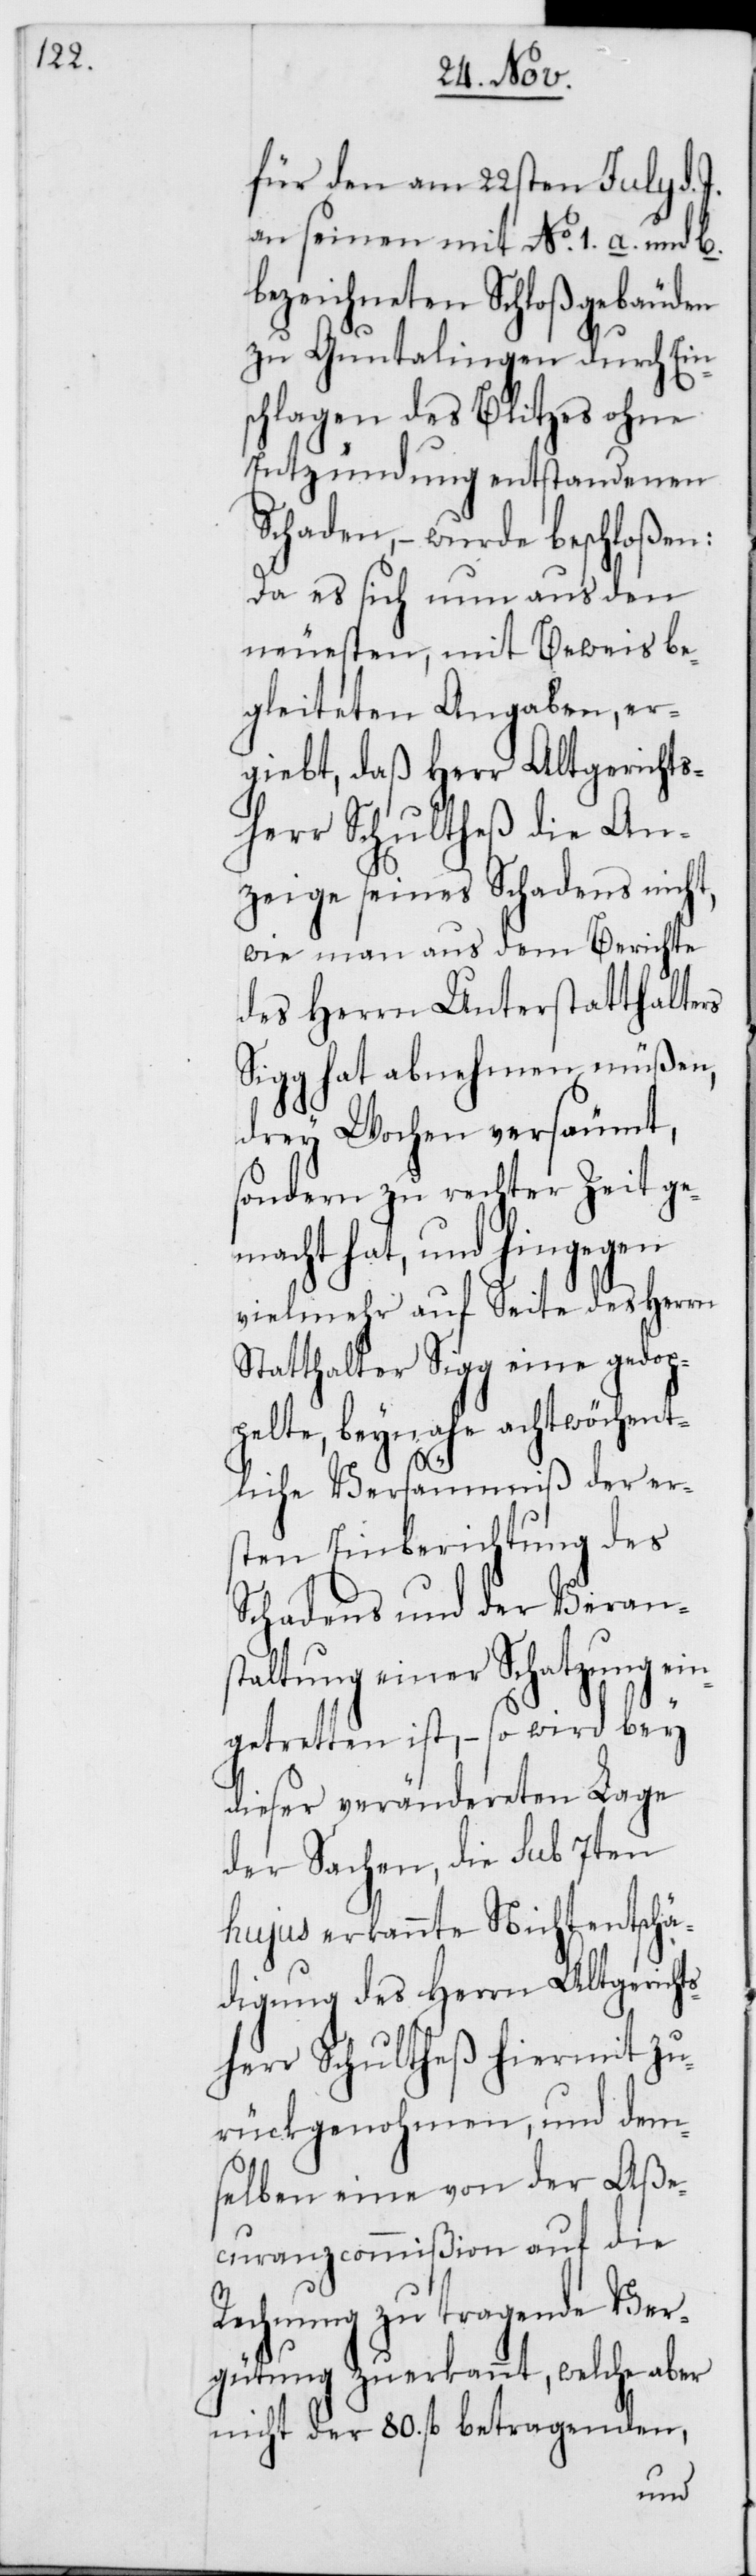
für den am 22sten July d.
an seinen mit No 1. a. und b.
bezeichneten Schloßgebäuden
zu Guntalingen durch Eins¬
chlagen des Blitzes ohne
Entzündung entstandenen
Schaden, – wurde beschloßen:
Da es sich nun aus den
neuesten, mit Beweis be¬
gleiteten Angaben, er¬
giebt, daß Herr Altgerichts¬
herr Schultheß die An¬
zeige seines Schadens nicht,
wie man aus dem Berichte
des Herrn Unterstatthalters
Sigg hat abnehmen müßen,
drey Wochen versäumt,
sondern zur rechten Zeit ge¬
macht hat, und hingegen
vielmehr auf Seite des Herrn
Statthalter Sigg eine gedop¬
pelte, beynahe achtwöchent¬
liche Versäumniß der er¬
sten Einberichtung des
Schadens und der Verans¬
taltung einer Schatzung ein¬
getretten ist, – so wird bey
dieser verändereten Lage
der Sachen, die sub 7ten
hujus erkannte Nichtentschä¬
digung des Herrn Altgericht¬
sherr Schultheß hiermit zu¬
rückgenohmen, und dem¬
selben eine von der Aße¬
curanzcommißion auf die
Rechnung zu tragende Ver¬
gütung zuerkannt, welcher aber
nicht der 80. fl. betragenden,